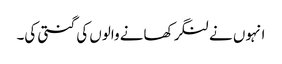
انہوں نے لنگر کھانے والوں کی گنتی کی۔